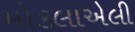
મોકલાએલી